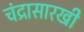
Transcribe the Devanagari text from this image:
चंद्रासारखी